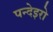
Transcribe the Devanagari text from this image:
पन्देइरो